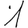
Digit: 1